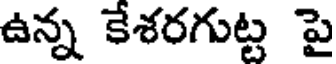
ఉన్న కేశరగుట్ట పై